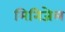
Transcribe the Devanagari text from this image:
मिनिजेल